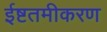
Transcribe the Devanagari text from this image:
ईष्टतमीकरण